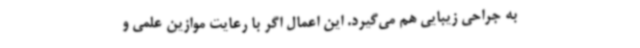
به جراحی زیبایی هم می‌گیرد. این اعمال اگر با رعایت موازین علمی و